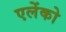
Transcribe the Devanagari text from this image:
एलेंको